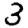
Digit: 3